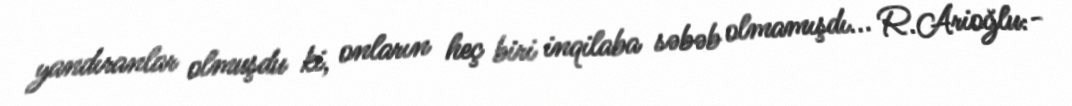
yandıranlar olmuşdu ki, onların heç biri inqilaba səbəb olmamışdı... R.Arioğlu:-